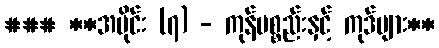
### **အပိုင်း (၇) - ကုန်ပစ္စည်းနှင့် ကုဒ်များ**